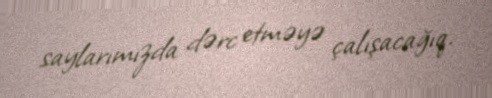
saylarımızda dərc etməyə çalışacağıq.